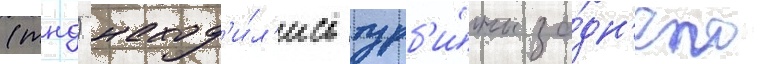
(тнд) наход'и́л'ись турб'и́ны за́дн'его